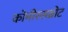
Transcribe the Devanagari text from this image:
कोमीस्सब्रोट